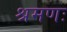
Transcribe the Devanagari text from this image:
श्रमणः